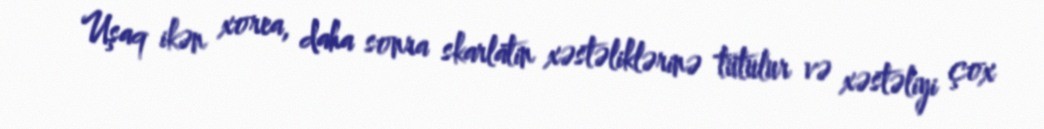
Uşaq ikən xorea, daha sonra skarlatin xəstəliklərinə tutulur və xəstəliyi çox